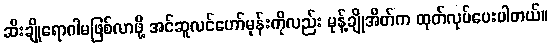
ဆီးချိုရောဂါမဖြစ်လာဖို့ အင်ဆူလင်ဟော်မုန်းကိုလည်း မုန့်ချိုအိတ်က ထုတ်လုပ်ပေးပါတယ်။